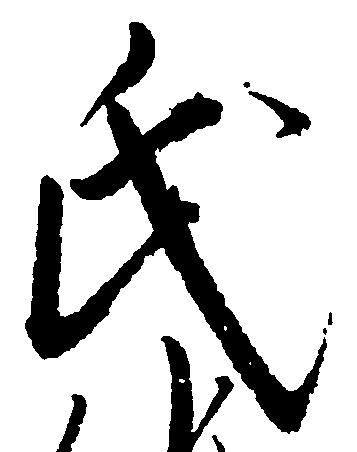
氏